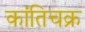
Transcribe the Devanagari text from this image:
कांतिचक्र